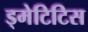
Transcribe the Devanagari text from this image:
ड्मेटिटिस